Circular to Secondary Education Committee, 1908
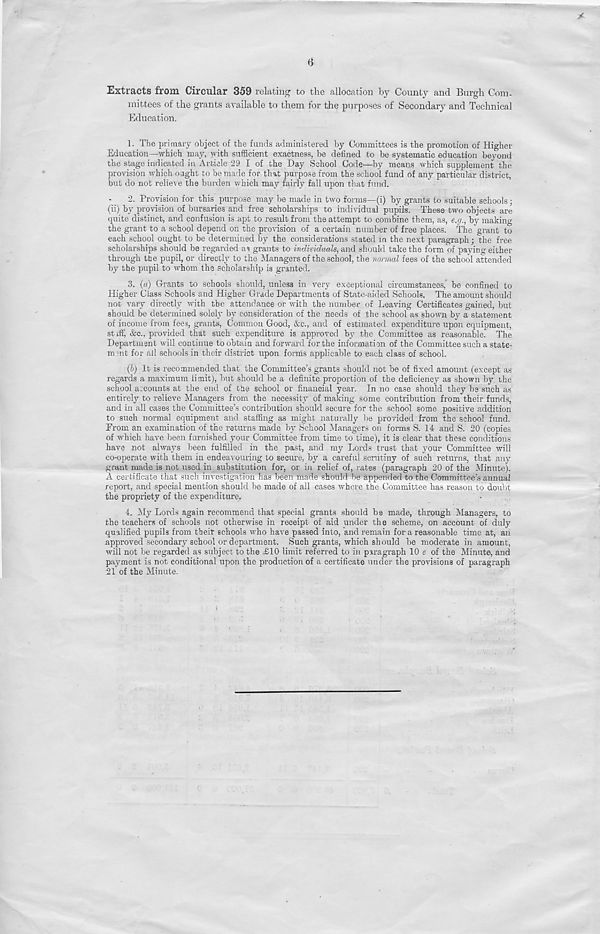
6
Extracts from Circular 359 relating to the allocation by County and Burgh Com-
mittees ot the grants available to them for tire purposes of Secondary and Technical
Education.
1. The primary object of the funds administered by Committees is the promotion of Higher
Education—which may, with sufficient exactness, be defined to be systematic education beyond
the stage indicated in Article 29 I of the Day School Code—by means which supplement the
provision which oaght to be made for that purpose from the school fund of any particular district,
but do not relieve the burden which may fairly fall upon that fund.
2. Provision for this purpose may be made in two forms—(i) by grants to suitable schools;
(ii) by provision of bursaries and free scholarships to individual pupils. These two objects are
quite distinct, and confusion is apt to result from the attempt to combine them, as, e.g., by making
the grant to a school depend on the provision of a certain number of free places. The grant to
each school ought to be determined by the considerations stated in the next paragraph; the free
scholarships should be regarded as grants to individuals, and should take the form of paying either
through the pupil, or directly to the Managers of the school, the normal fees of the school attended
by the pupil to whom the scholarship is granted.
3. (a) Grants to schools should, unless in very exceptional circumstances,’ be confined to
Higher Class Schools and Higher Grade Departments of State-aided Schools, The amount should
not vary directly with the attendance or with the number of Leaving Certificates gained, but
should be determined solely by consideration of the needs of the school as shown by a statement
of income from fees, grants, Common Good, Ac., and of estimated expenditure upon equipment,
stiff, &c., provided that such expenditure is approved by the Committee as reasonable. The
Department will continue to obtain and forward for the information of the Committee such a state-
msnt for all schools in their district upon forms applicable to each class of school.
(b) It is recommended that the Committee’s grants should not be of fixed amount (except as
regards a maximum limit), but should be a definite proportion of the deficiency as shown by the
school accounts at the end of the school or financial year. In no case should they be such as
entirely to relieve Managers from the necessity of making some contribution from their funds,
and in all cases the Committee’s contribution should secure for the school some positive addition
to such normal equipment and staffing as might naturally be provided from the school fund.
From an examination of the returns made by School Managers on forms S. 14 and S. 20 (copies
of which have been furnished your Committee from time to time), it is clear that these conditions
have not always been fulfilled in the past, and my Lords trust that your Committee will
co-operate with them in endeavouring to secure, by a careful scrutiny of such returns, that any
grant made is not used in substitution for, or in relief of, rates (paragraph 20 of the Minute).
A certificate that such investigation has been made should be appended to the Committee’s annual
report, and special mention should be made of all cases where the Committee has reason to doubt
the propriety of the expenditure.
4. My Lords again recommend that special grants should be made, through Managers, to
the teachers of schools not otherwise in receipt of aid under the scheme, on account of duly
qualified pupils from their schools who have passed into, and remain for a reasonable time at, an
approved secondary school or department. Such grants, which should be moderate in amount,
will not be regarded as subject to the £10 limit referred to in paragraph 10 e of the Minute, and
payment is not conditional upon the production of a certificate under the provisions of paragraph
21 of the Minute.